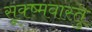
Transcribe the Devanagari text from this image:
सूक्ष्मवास्तु